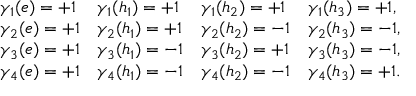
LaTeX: \begin{array} { l l l l } { { \gamma _ { 1 } ( e ) = + 1 } } & { { \gamma _ { 1 } ( h _ { 1 } ) = + 1 } } & { { \gamma _ { 1 } ( h _ { 2 } ) = + 1 } } & { { \gamma _ { 1 } ( h _ { 3 } ) = + 1 , } } \\ { { \gamma _ { 2 } ( e ) = + 1 } } & { { \gamma _ { 2 } ( h _ { 1 } ) = + 1 } } & { { \gamma _ { 2 } ( h _ { 2 } ) = - 1 } } & { { \gamma _ { 2 } ( h _ { 3 } ) = - 1 , } } \\ { { \gamma _ { 3 } ( e ) = + 1 } } & { { \gamma _ { 3 } ( h _ { 1 } ) = - 1 } } & { { \gamma _ { 3 } ( h _ { 2 } ) = + 1 } } & { { \gamma _ { 3 } ( h _ { 3 } ) = - 1 , } } \\ { { \gamma _ { 4 } ( e ) = + 1 } } & { { \gamma _ { 4 } ( h _ { 1 } ) = - 1 } } & { { \gamma _ { 4 } ( h _ { 2 } ) = - 1 } } & { { \gamma _ { 4 } ( h _ { 3 } ) = + 1 . } } \end{array}